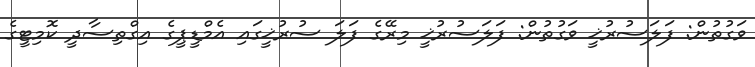
ވަގުތުން: ފަލަސުރުޚީ ވަގުތުން: ފަލަސުރުޚީ މިރޭގެ ފަލަ ސުރުޚީގައި އެމްޑީޕީގެ އިގްތިސާދީ ކޮމިޓީގެ